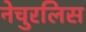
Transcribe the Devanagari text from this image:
नेचुरलिस